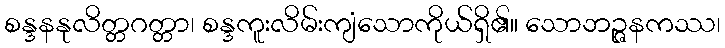
စန္ဒနနုလိတ္တဂတ္တာ၊ စန္ဒကူးလိမ်းကျံသောကိုယ်ရှိ၏။ သောဘဉ္ဇနကဿ၊